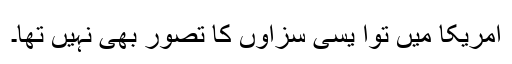
امریکا میں توا یسی سزاوں کا تصور بھی نہیں تھا۔